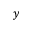
y